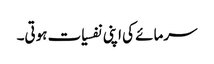
سرمائے کی اپنی نفسیات ہوتی۔